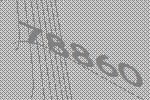
78860